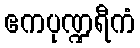
ဧကပုဏ္ဍရီကံ